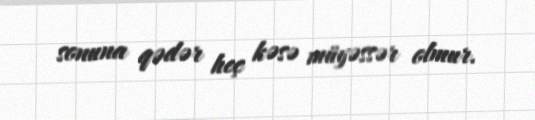
sonuna qədər heç kəsə müyəssər olmur.